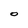
Character: o